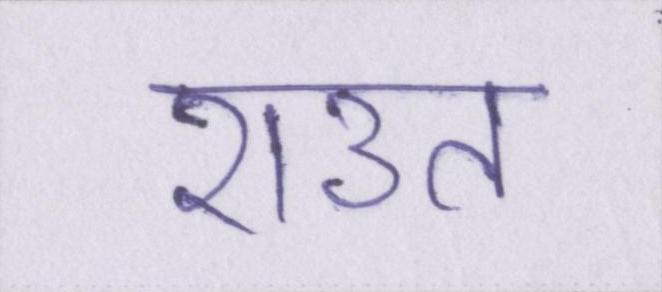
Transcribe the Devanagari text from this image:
राउत